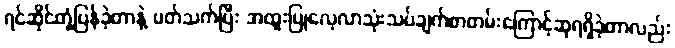
ရင်ဆိုင်တုံ့ပြန်ခဲ့တာနဲ့ ပတ်သက်ပြီး အထူးပြုလေ့လာသုံးသပ်ချက်စာတမ်းကြောင့်ဆုရရှိခဲ့တာလည်း